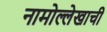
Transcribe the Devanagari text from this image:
नामोल्लेखाची